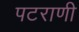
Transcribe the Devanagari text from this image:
पटराणी